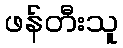
ဖန်တီးသူ